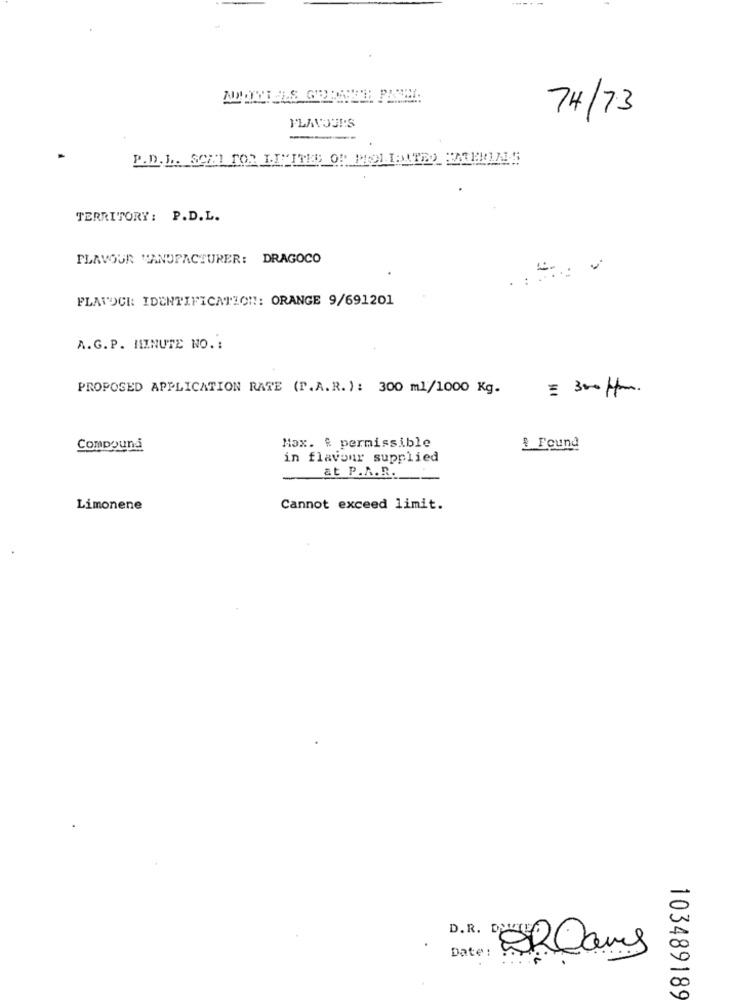
74/7.3
FLAVOURS
----
TERRITORY: P.D.L.
FLAVOUR MANUFACTURER: DRAGOCO
FLAVOCE IDENTIFICATION: ORANGE 9/691201
A.G. P. MINUTE NO. :
PROPOSED APPLICATION RATE (F.A.R. ): 300 ml/1000 Kg.
= 300 /pom.
Compound
Max. $ permissible
& Found
in flavour supplied
at P.A.R.
Limonene
Cannot exceed limit.
Date:
103489189